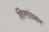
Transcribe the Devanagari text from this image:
शिरगांवकर